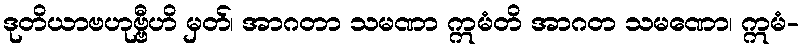
ဒုတိယာဗဟုဗ္ဗီဟိ မှတ်၊ အာဂတာ သမဏာ ဣမံတိ အာဂတ သမဏော၊ ဣမံ-